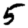
Digit: 5